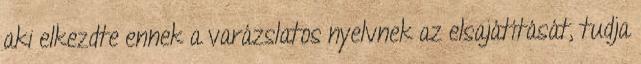
aki elkezdte ennek a varázslatos nyelvnek az elsajátítását, tudja